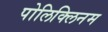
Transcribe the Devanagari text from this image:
पोलिक्लिनम